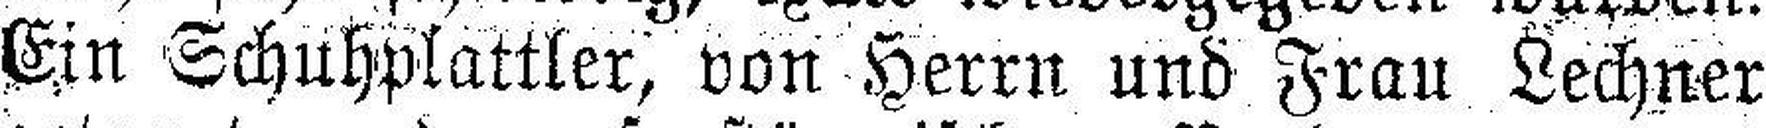
Ein Schuhplattler, von Herrn und Frau Lechner